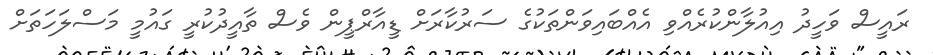
ރައީސް ވަހީދު އިއުލާންކުރެއްވި އެއްބައިވަންތަކުގެ ސަރުކާރަށް ޑީއާރްޕީން ވެސް ތާއީދުކުރީ ގައުމީ މަސްލަހަތަށް